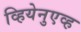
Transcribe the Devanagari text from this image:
व्हियेनुएव्ह